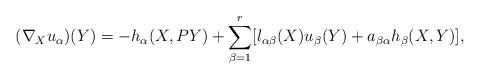
LaTeX: \begin{align*}(\nabla_{X}u_{\alpha})(Y)=-h_{\alpha}(X, PY)+\sum_{\beta=1}^{r}[l_{\alpha\beta}(X)u_{\beta}(Y)+a_{\beta\alpha}h_{\beta}(X, Y)],\end{align*}